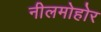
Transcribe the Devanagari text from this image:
नीलमोहोर